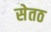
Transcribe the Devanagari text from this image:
सेतठ